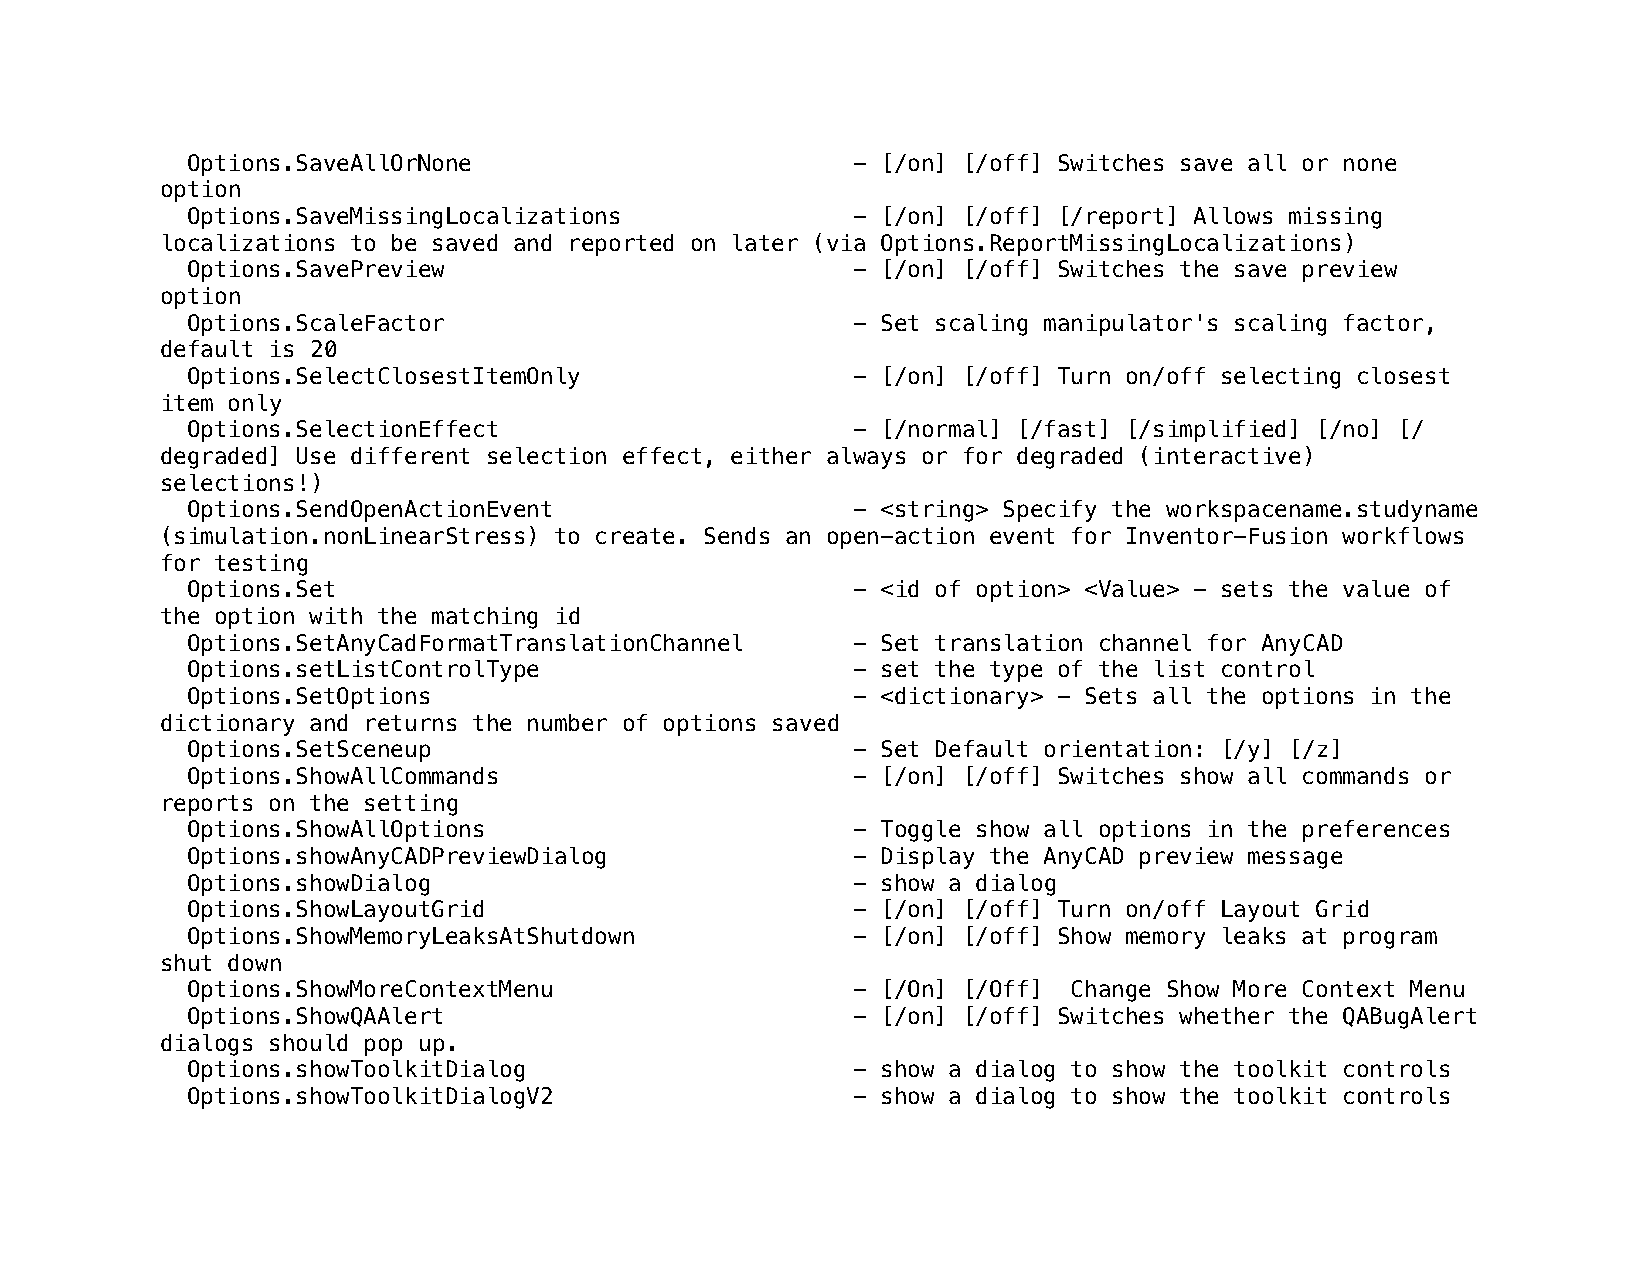
Options.SaveAllOrNone                       - [/on] [/off] Switches save all or none
 option
 Options.SaveMissingLocalizations            - [/on] [/off] [/report] Allows missing
 localizations to be saved and reported on later (via Options.ReportMissingLocalizations)
 Options.SavePreview                         - [/on] [/off] Switches the save preview
 option
 Options.ScaleFactor                         - Set scaling manipulator's scaling factor,
 default is 20
 Options.SelectClosestItemOnly               - [/on] [/off] Turn on/off selecting closest
 item only
 Options.SelectionEffect                     - [/normal] [/fast] [/simplified] [/no] [/
 degraded] Use different selection effect, either always or for degraded (interactive)
 selections!)
 Options.SendOpenActionEvent                 - <string> Specify the workspacename.studyname
 (simulation.nonLinearStress) to create. Sends an open-action event for Inventor-Fusion workflows
 for testing
 Options.Set                                 - <id of option> <Value> - sets the value of
 the option with the matching id
 Options.SetAnyCadFormatTranslationChannel   - Set translation channel for AnyCAD
 Options.setListControlType                  - set the type of the list control
 Options.SetOptions                          - <dictionary> - Sets all the options in the
 dictionary and returns the number of options saved
 Options.SetSceneup                          - Set Default orientation: [/y] [/z]
 Options.ShowAllCommands                     - [/on] [/off] Switches show all commands or
 reports on the setting
 Options.ShowAllOptions                      - Toggle show all options in the preferences
 Options.showAnyCADPreviewDialog             - Display the AnyCAD preview message
 Options.showDialog                          - show a dialog
 Options.ShowLayoutGrid                      - [/on] [/off] Turn on/off Layout Grid
 Options.ShowMemoryLeaksAtShutdown           - [/on] [/off] Show memory leaks at program
 shut down
 Options.ShowMoreContextMenu                 - [/On] [/Off] Change Show More Context Menu
 Options.ShowQAAlert                         - [/on] [/off] Switches whether the QABugAlert
 dialogs should pop up.
 Options.showToolkitDialog                   - show a dialog to show the toolkit controls
 Options.showToolkitDialogV2                 - show a dialog to show the toolkit controls